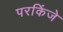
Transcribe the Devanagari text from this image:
परकिंजे